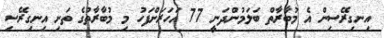
އިނގިރޭސިން އެ މުބާރާތް ބަލަމުންދަނީ 77 އަހަރަށްފަހު މި މުބާރާތުގެ ތަށި އިނގިރޭސި